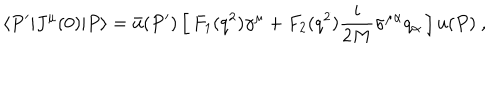
\langle P ^ { \prime } | J ^ { \mu } ( 0 ) | P \rangle = \bar { u } ( P ^ { \prime } ) \, \Big [ \, F _ { 1 } ( q ^ { 2 } ) \gamma ^ { \mu } + F _ { 2 } ( q ^ { 2 } ) { \frac { i } { 2 M } } \sigma ^ { \mu \alpha } q _ { \alpha } \, \Big ] \, u ( P ) \ ,